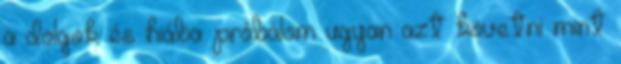
a dolgok és hiába próbálom ugyan azt követni mint